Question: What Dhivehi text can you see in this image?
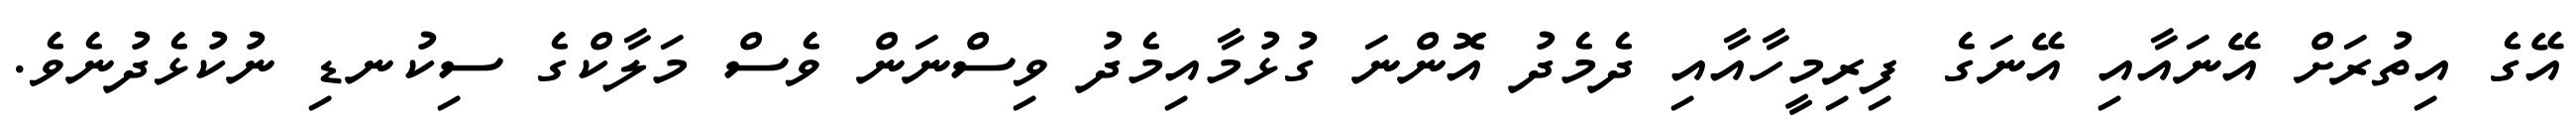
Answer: އޭގެ އިތުރަށް އޭނައާއި އޭނަގެ ފިރިމީހާއާއި ދެމެދު އޮންނަ ގުޅުމާއިމެދު ވިސްނަން ވެސް މަލާކްގެ ސިކުނޑި ނުކުޅެދުނެވެ.